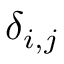
\delta _ { i , j }